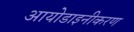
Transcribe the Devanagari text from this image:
आयोडाइनीकरण